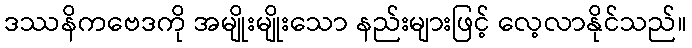
ဒဿနိကဗေဒကို အမျိုးမျိုးသော နည်းများဖြင့် လေ့လာနိုင်သည်။